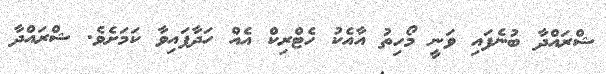
ޝްރައްދާ ބުނެފައި ވަނީ މޯހިތު އާއެކު ހެޓްރިކް އެއް ހަދާފައިވާ ކަމަށެވެ. ޝްރައްދާ